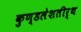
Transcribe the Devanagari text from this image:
कुण्डलेशतीर्थ